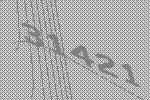
31421